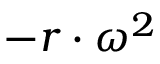
- r \cdot \omega ^ { 2 }